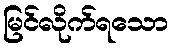
မြင်လိုက်ရသော